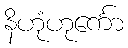
နိဟုံဟုင်္ကော